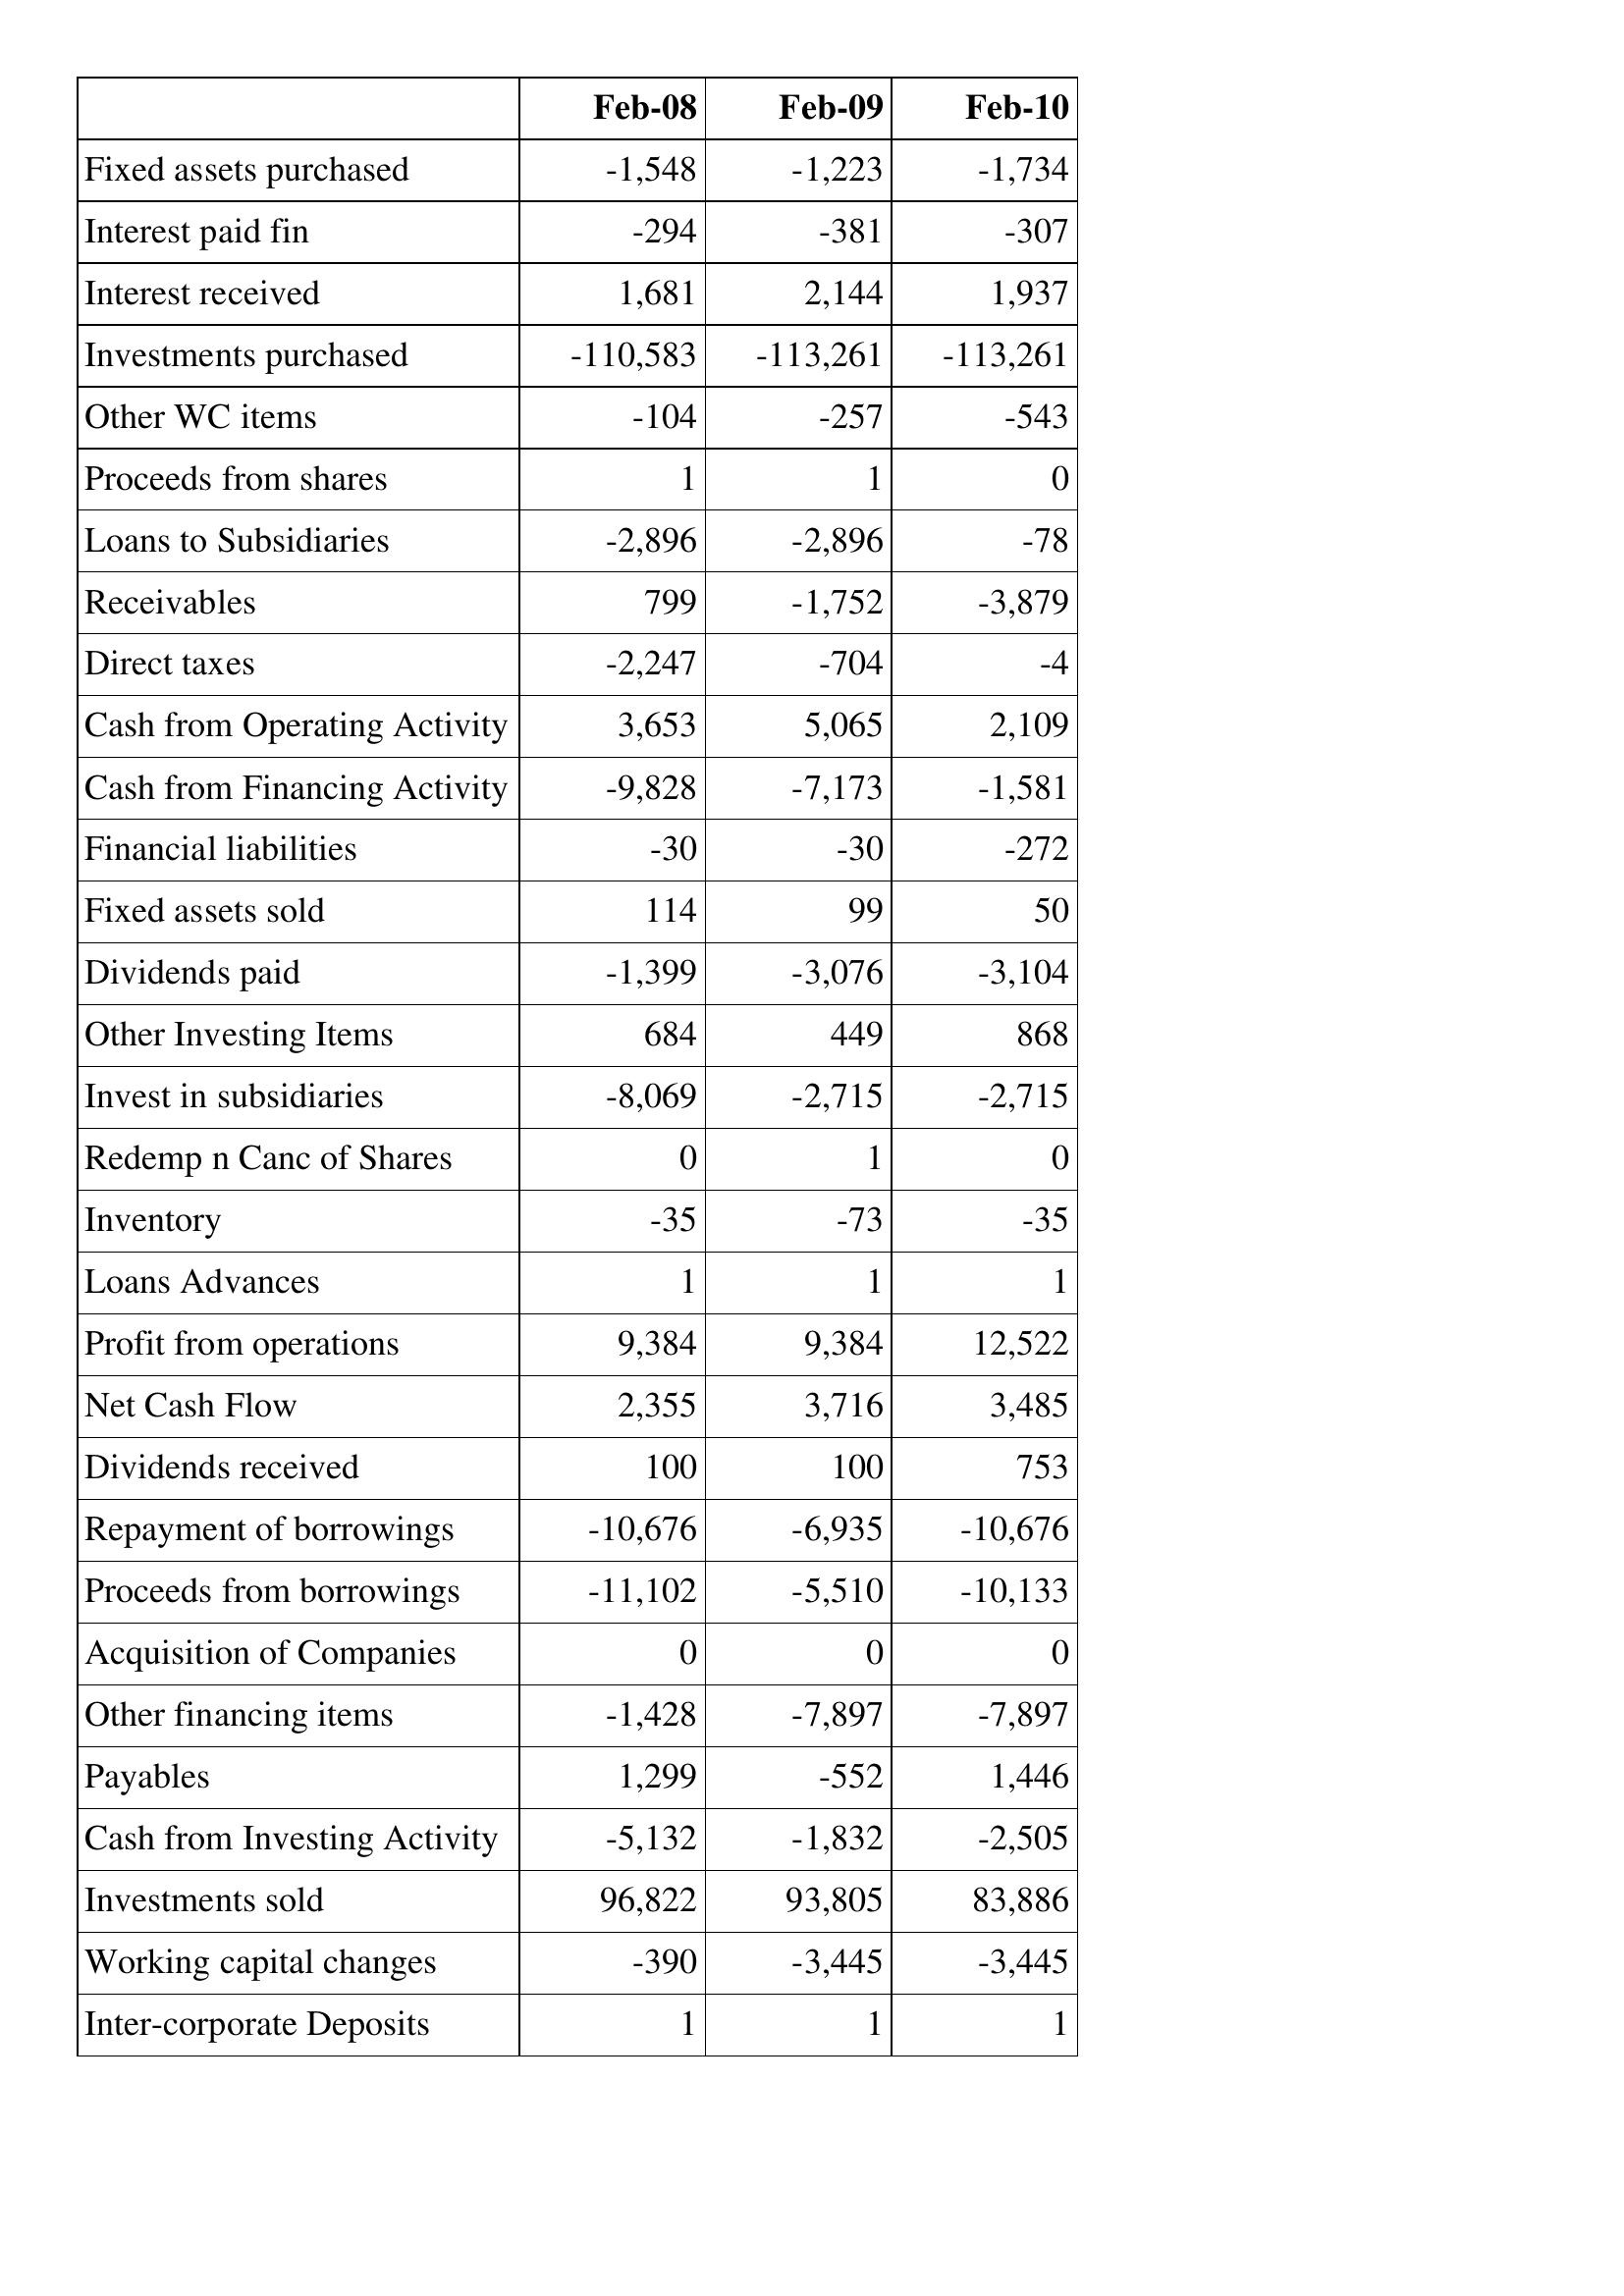
Feb-08: Cash Flows: Fixed assets purchased: -1,548
Interest paid fin: -294
Interest received: 1,681
Investments purchased: -110,583
Other WC items: -104
Proceeds from shares: 1
Loans to Subsidiaries: -2,896
Receivables: 799
Direct taxes: -2,247
Cash from Operating Activity: 3,653
Cash from Financing Activity: -9,828
Financial liabilities: -30
Fixed assets sold: 114
Dividends paid: -1,399
Other Investing Items: 684
Invest in subsidiaries: -8,069
Redemp n Canc of Shares: 0
Inventory: -35
Loans Advances: 1
Profit from operations: 9,384
Net Cash Flow: 2,355
Dividends received: 100
Repayment of borrowings: -10,676
Proceeds from borrowings: -11,102
Acquisition of Companies: 0
Other financing items: -1,428
Payables: 1,299
Cash from Investing Activity: -5,132
Investments sold: 96,822
Working capital changes: -390
Inter-corporate Deposits: 1
Feb-09: Cash Flows: Fixed assets purchased: -1,223
Interest paid fin: -381
Interest received: 2,144
Investments purchased: -113,261
Other WC items: -257
Proceeds from shares: 1
Loans to Subsidiaries: -2,896
Receivables: -1,752
Direct taxes: -704
Cash from Operating Activity: 5,065
Cash from Financing Activity: -7,173
Financial liabilities: -30
Fixed assets sold: 99
Dividends paid: -3,076
Other Investing Items: 449
Invest in subsidiaries: -2,715
Redemp n Canc of Shares: 1
Inventory: -73
Loans Advances: 1
Profit from operations: 9,384
Net Cash Flow: 3,716
Dividends received: 100
Repayment of borrowings: -6,935
Proceeds from borrowings: -5,510
Acquisition of Companies: 0
Other financing items: -7,897
Payables: -552
Cash from Investing Activity: -1,832
Investments sold: 93,805
Working capital changes: -3,445
Inter-corporate Deposits: 1
Feb-10: Cash Flows: Fixed assets purchased: -1,734
Interest paid fin: -307
Interest received: 1,937
Investments purchased: -113,261
Other WC items: -543
Proceeds from shares: 0
Loans to Subsidiaries: -78
Receivables: -3,879
Direct taxes: -4
Cash from Operating Activity: 2,109
Cash from Financing Activity: -1,581
Financial liabilities: -272
Fixed assets sold: 50
Dividends paid: -3,104
Other Investing Items: 868
Invest in subsidiaries: -2,715
Redemp n Canc of Shares: 0
Inventory: -35
Loans Advances: 1
Profit from operations: 12,522
Net Cash Flow: 3,485
Dividends received: 753
Repayment of borrowings: -10,676
Proceeds from borrowings: -10,133
Acquisition of Companies: 0
Other financing items: -7,897
Payables: 1,446
Cash from Investing Activity: -2,505
Investments sold: 83,886
Working capital changes: -3,445
Inter-corporate Deposits: 1